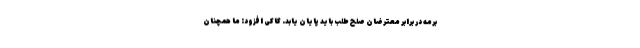
برمه در برابر معترضان صلح طلب باید پایان یابد. گاکی افزود: ما همچنان